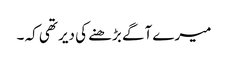
میرے آگے بڑھنے کی دیر تھی کہ ۔